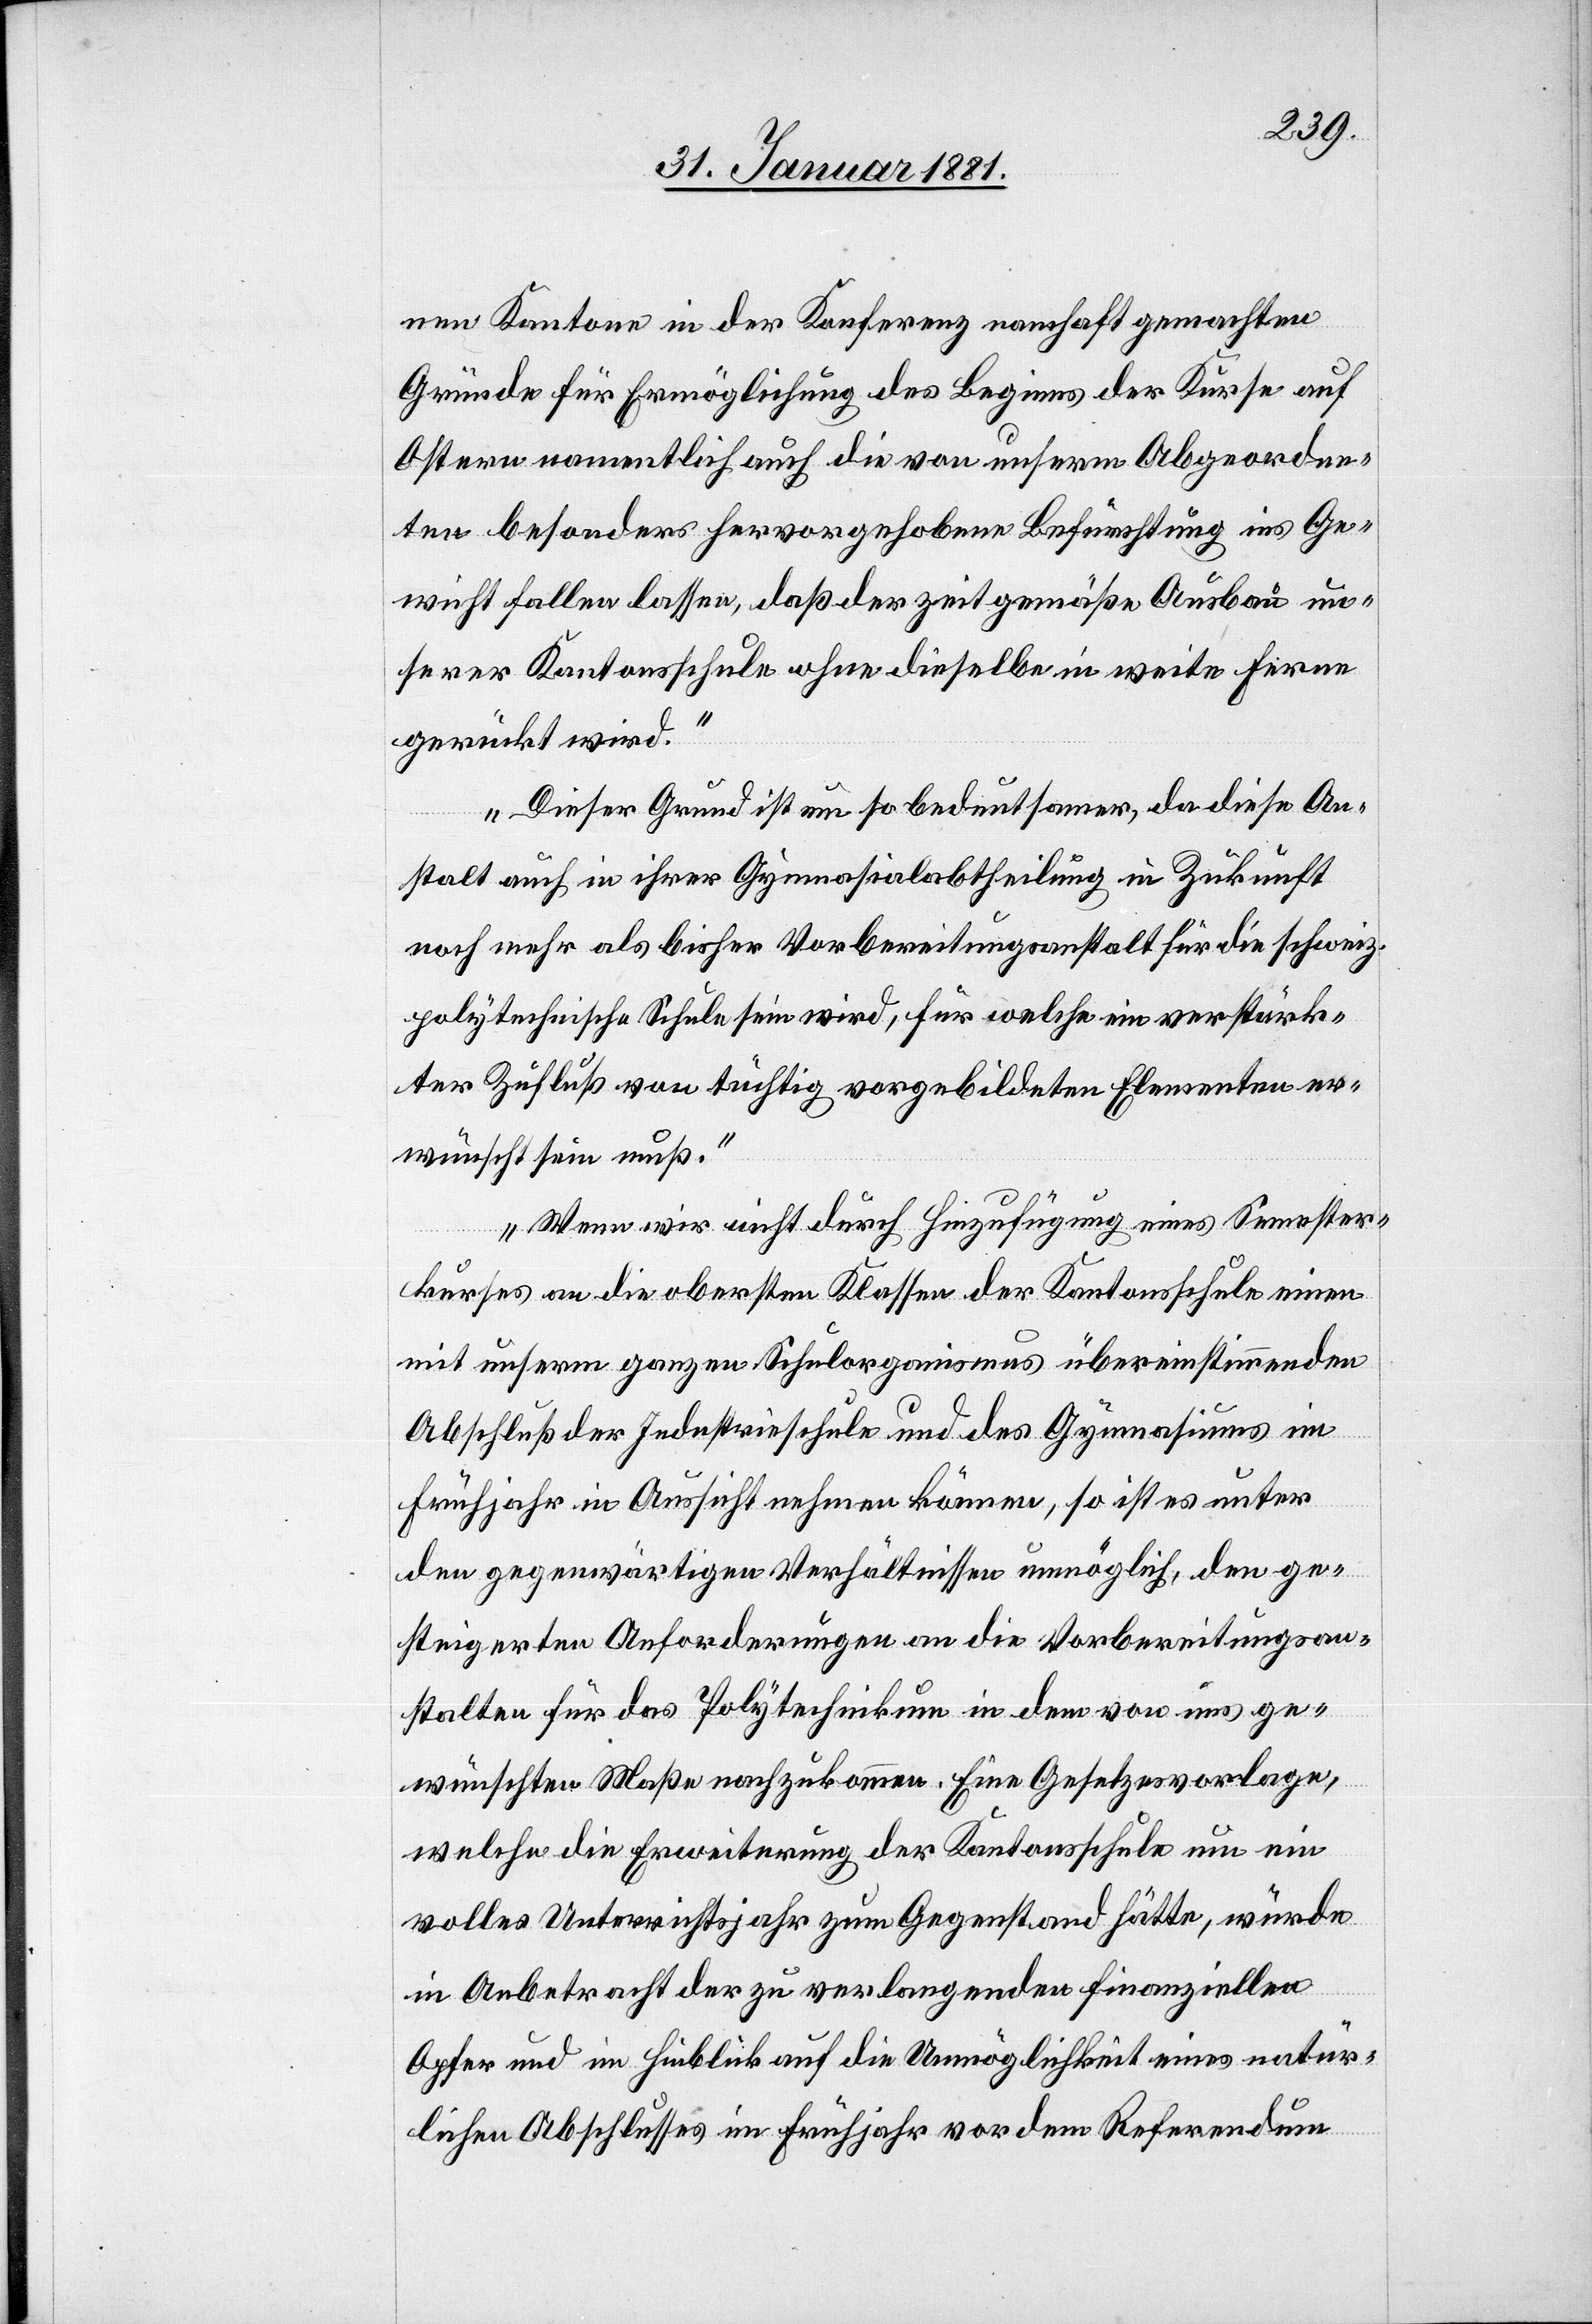
nen Kantone in der Konferenz namhaft gemachten
Gründe für die Ermöglichung des Beginnes der Kurse auf
Ostern namentlich auch die von unserm Abgeordne¬
ten besonders hervorgehobene Befürchtung ins Ge¬
wicht fallen lasse, daß der zeitgemäße Ausbau un¬
serer Kantonsschule ohne dieselbe in weite Ferne
gerückt wird.“
„Dieser Grund ist um so bedeutsamer, da diese An¬
stalt auch in ihrer Gymnasialabtheilung in Zukunft
noch mehr als bisher Vorbereitungsanstalt für die schweiz.
polytechnische Schule sein wird, für welche ein verstärk¬
ter Zufluß von tüchtig vorgebildeten Elementen er¬
wünscht sein muß.“
„Wenn wir nicht durch Hinzufügung eines Semester¬
kurses an die obersten Klassen der Kantonsschule einen
mit unserm ganzen Schulorganismus übereinstimmenden
Abschluß der Industrieschule und des Gymnasiums im
Frühjahr in Aussicht nehmen können, so ist es unter
den gegenwärtigen Verhältnissen unmöglich, den ge¬
steigerten Anforderungen an die Vorbereitungsan¬
stalten für das Polytechnikum in dem von uns ge¬
wünschten Maße nachzukommen. Eine Gesetzesvorlage,
welche die Erweiterung der Kantonsschule um ein
volles Unterrichtsjahr zum Gegenstand hätte, würde
in Anbetracht der zu verlangenden finanziellen
Opfer und im Hinblick auf die Unmöglichkeit eines natür¬
lichen Abschlusses im Frühjahr vor dem Referendum